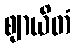
ဈာယိတံ